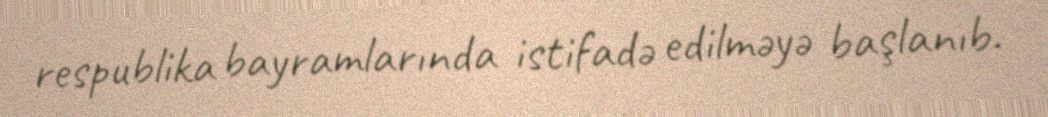
respublika bayramlarında istifadə edilməyə başlanıb.